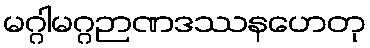
မဂ္ဂါမဂ္ဂဉာဏဒဿနဟေတု